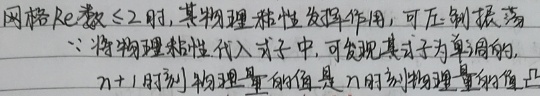
当网格 $Re$ 数 $\leq 2$ 时，某物理粘性发挥作用，可压制振荡。将物理粘性代入式子中，可发现其式子为单解的，$n + 1$ 时刻物理量的值是 $n$ 时刻物理量的值。